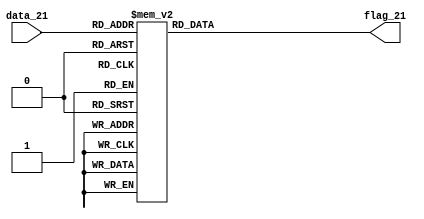
//_____________________________________\\\\
//___________BCD Checker________________\\\\
//_______________________________________\\\\
module BCD_checker (data_21, flag_21);
output reg flag_21;	//Port Declarations
input [3:0] data_21;
always @ (data_21)		//Behavioral Block
case (data_21)	//Case for checking BCD
0,1,2,3,4,5,6,7,8,9: flag_21 = 0;
default: flag_21 = 1;	//When not BCD
endcase endmodule